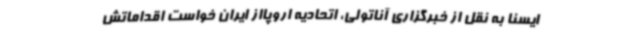
ایسنا به نقل از خبرگزاری آناتولی، اتحادیه اروپااز ایران خواست اقداماتش